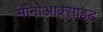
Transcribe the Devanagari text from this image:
मॉनोआक्साइड